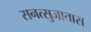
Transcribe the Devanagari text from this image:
सनत्सुजातास